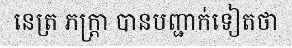
នេត្រ ភក្ត្រា បានបញ្ជាក់ទៀតថា